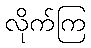
လိုက်ကြ